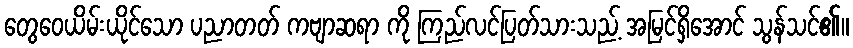
တွေဝေယိမ်းယိုင်သော ပညာတတ် ကဗျာဆရာ ကို ကြည်လင်ပြတ်သားသည့် အမြင်ရှိအောင် သွန်သင်၏။